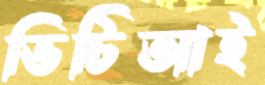
ভিটিআই